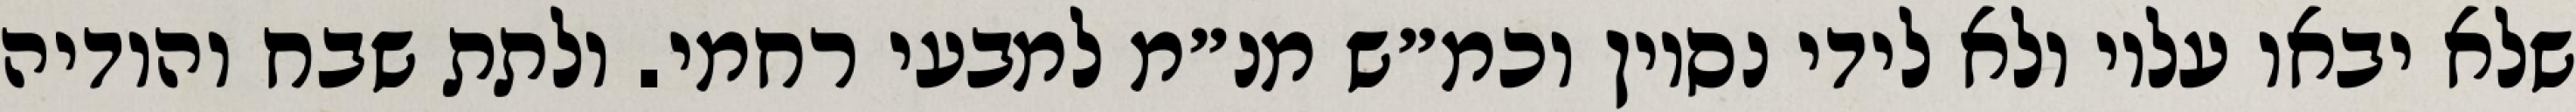
שלא יבאו עליו ולא לידי נסיון וכמ״ש מנ״מ למבעי רחמי. ולתת שבח והודיה